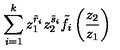
\sum _ { i = 1 } ^ { k } z _ { 1 } ^ { \tilde { r } _ { i } } z _ { 2 } ^ { \tilde { s } _ { i } } \tilde { f } _ { i } \left( \frac { z _ { 2 } } { z _ { 1 } } \right)